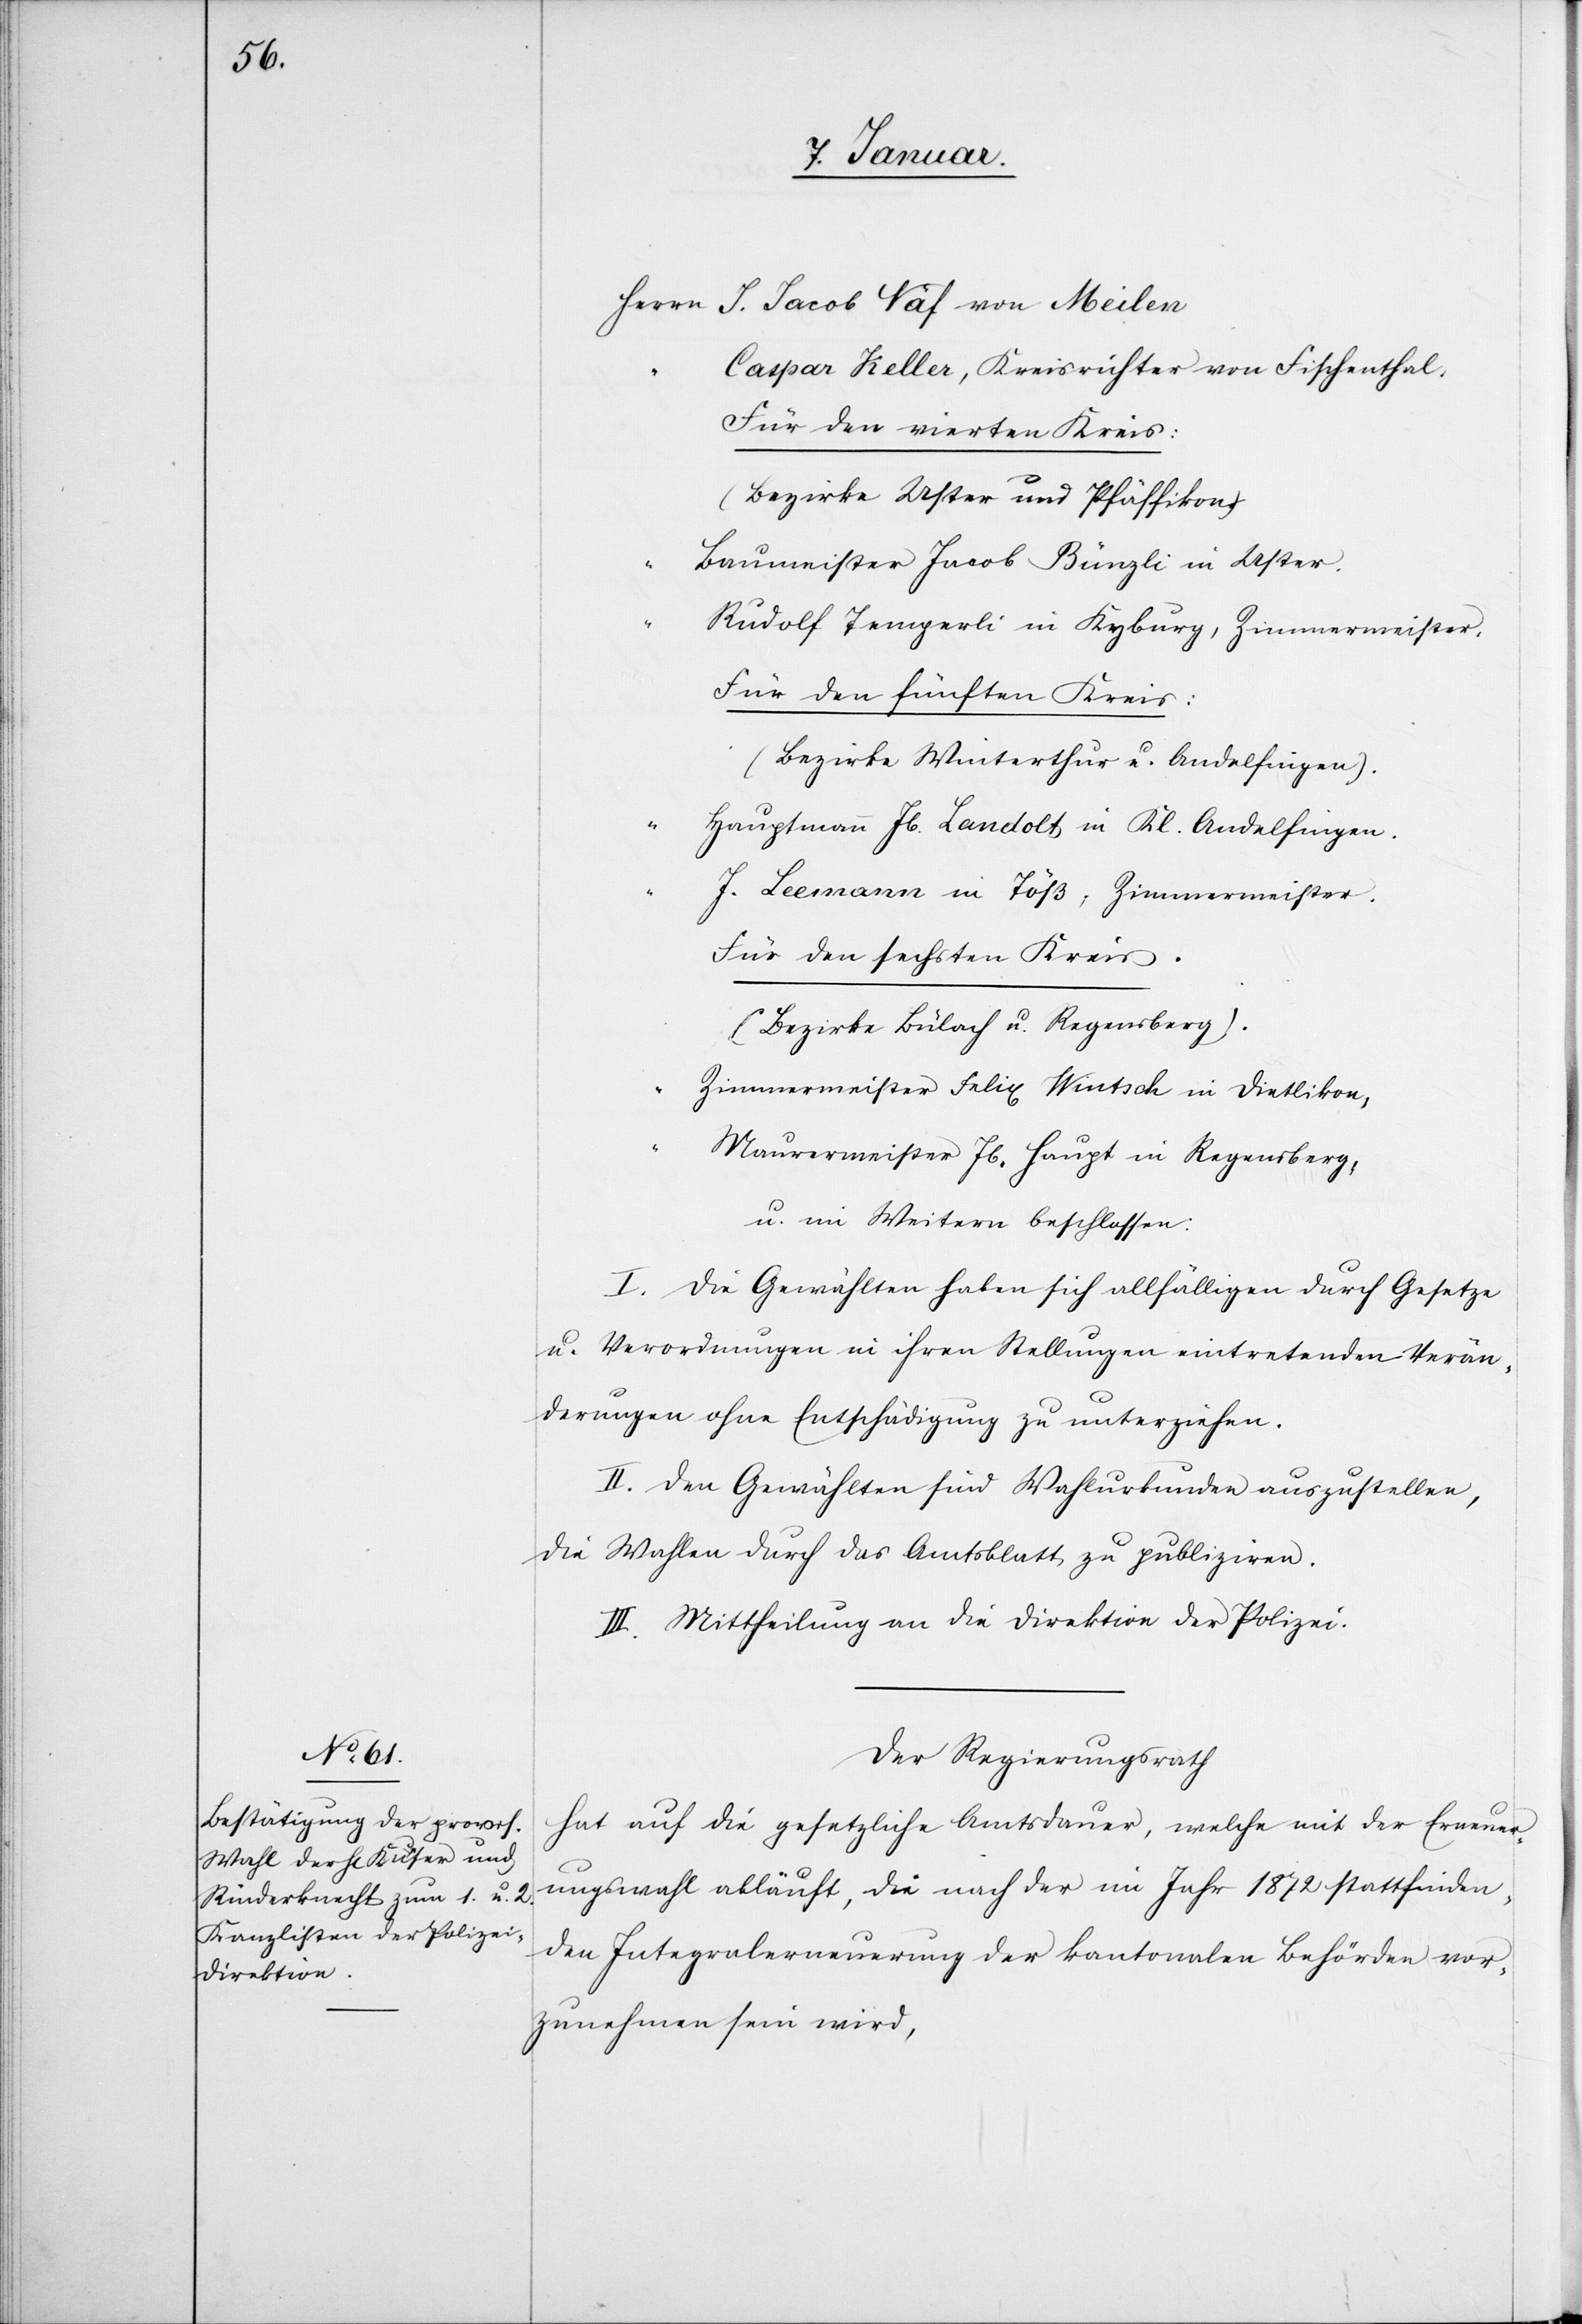
7. Januar.]
Herrn	J. Jacob Näf von Meilen
“		Caspar Keller Kreisrichter von Fischenthal.
Für den vierten Kreis:
(Bezirke Uster und Pfäffikon)
“		Baumeister Jacob Bünzli in Uster.
“		Rudolf Temperli in Kyburg, Zimmermeister.
Für den fünften Kreis:
(Bezirke Winterthur u. Andelfingen).
“		Hauptmann Jb. Landolt in Kl. Andelfingen.
“		J. Leemann in Töß, Zimmermeister.
Für den sechsten Kreis.
(Bezirke Bülach u. Regensberg).
“		Zimmermeister Felix Wintsch in Dietlikon,
“		Maurermeister Jb. Haupt in Regensberg,
u. im Weitern beschlossen:
I. Die Gewählten haben sich allfälligen durch Gesetze
u. Verordnungen in ihren Stellungen eintretenden Verän¬
derungen ohne Entschädigung zu unterziehen.
II. Den Gewählten sind Wählerurkunden auszustellen,
die Wahlen durch das Amtsblatt zu publizieren.
III. Mittheilung an die Direktion der Polizei.
Der Regierungsrath
hat auf die gesetzliche Amtsdauer, welche mit der Erneuer¬
ungswahl abläuft, die nach der im Jahr 1872 stattfinden¬
den Integralerneuerung der kantonalen Behörden vor¬
zunehmen sein wird,